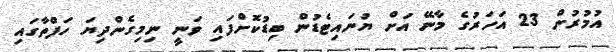
އުމުރުން 23 އަހަރުގެ މާނޭ އަށް ޔުނައިޓެޑުން ބިޑުކޮށްފައި ވަނީ ނިމިގެންދިޔަ ހަފްތާގައި